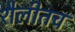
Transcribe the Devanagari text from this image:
शैलीतच